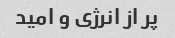
پر از انرژی و امید